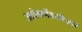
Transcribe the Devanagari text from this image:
अलेक्जेंडरकेज़र्न